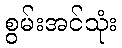
စွမ်းအင်သုံး